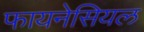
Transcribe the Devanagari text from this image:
फायनेसियल